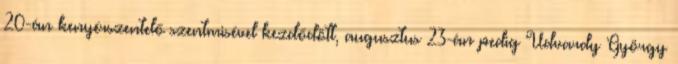
20-án kenyérszentelő szentmisével kezdődött, augusztus 23-án pedig Udvardy György